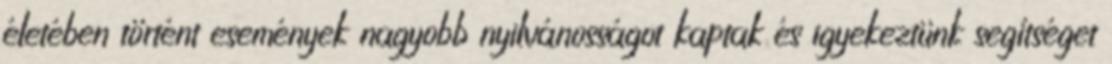
életében történt események nagyobb nyilvánosságot kaptak és igyekeztünk segítséget